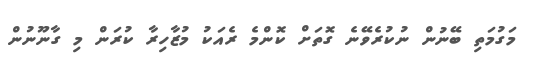
މަގުމަތި ބޭނުން ނުކުރެވޭނެ ގޮތަށް ކޮންމެ ރެއަކު މުޒާހިރާ ކުރަން މި ގާނޫނުން